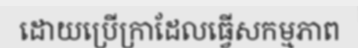
ដោយប្រើក្រាដែលធ្វើសកម្មភាព